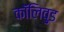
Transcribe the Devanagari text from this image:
कॉलिवुड